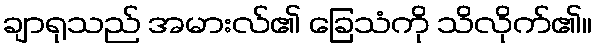
ချာရုသည် အမားလ်၏ ခြေသံကို သိလိုက်၏။